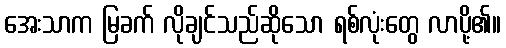
အေးသာက မြခက် လိုချင်သည်ဆိုသော ရစ်လုံးတွေ လာပို့၏။